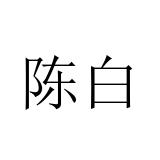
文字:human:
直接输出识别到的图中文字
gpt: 陈白